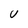
Character: U